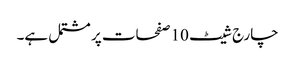
چارج شیٹ 10 صفحات پر مشتمل ہے۔